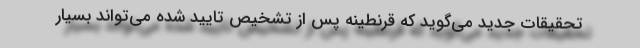
تحقیقات جدید می‌گوید که قرنطینه پس از تشخیص تایید شده می‌تواند بسیار